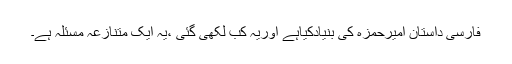
فارسی داستانِ امیرحمزہ کی بنیادکیاہے اوریہ کب لکھی گئی ،یہ ایک متنازعہ مسئلہ ہے۔